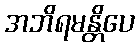
အဘိရမန္တိပေ